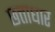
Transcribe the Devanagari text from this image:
छत्ताधार